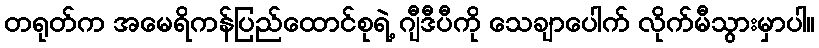
တရုတ်က အမေရိကန်ပြည်ထောင်စုရဲ့ ဂျီဒီပီကို သေချာပေါက် လိုက်မီသွားမှာပါ။